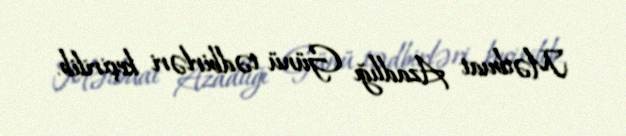
Mətbuat Azadlığı Günü tədbirləri keçirilib.